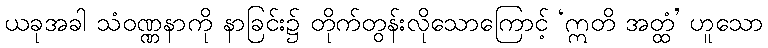
ယခုအခါ သံဝဏ္ဏနာကို နာခြင်း၌ တိုက်တွန်းလိုသောကြောင့် ‘ဣတိ အတ္ထံ’ ဟူသော